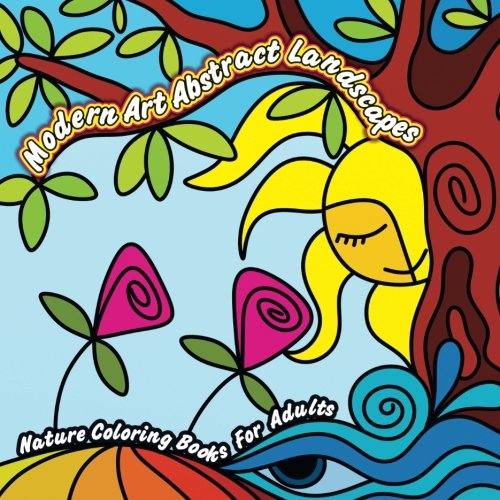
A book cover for Modern Art Abstract Landscapes Nature Coloring Books For Adults (Sacred Mandala Designs and Patterns Coloring Books for Adults) (Volume 43); Lilt Kids Coloring Books; Arts & Photography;